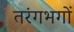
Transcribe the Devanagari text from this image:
तरंगभगों